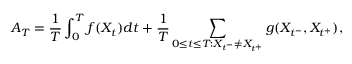
A _ { T } = \frac { 1 } { T } \int _ { 0 } ^ { T } f ( X _ { t } ) d t + \frac { 1 } { T } \sum _ { 0 \le t \le T : X _ { t ^ { - } } \neq X _ { t ^ { + } } } g ( X _ { t ^ { - } } , X _ { t ^ { + } } ) ,